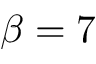
\beta = 7